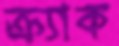
ক্র্যাক